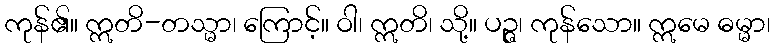
ကုန်၏။ ဣတိ-တသ္မာ၊ ကြောင့်။ ဝါ၊ ဣတိ၊ သို့။ ပဉ္ဇ၊ ကုန်သော။ ဣမေ ဓမ္မာ၊